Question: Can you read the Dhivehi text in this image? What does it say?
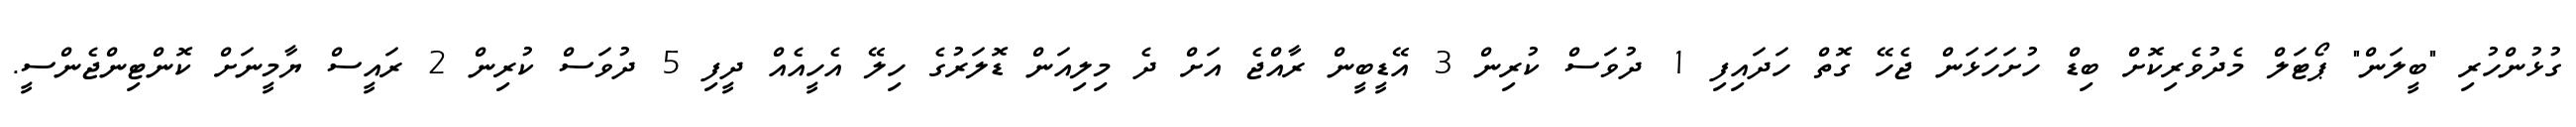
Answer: ގުޅުންހުރި "ބީލަން" ޕޯޓަލް މެދުވެރިކޮށް ބިޑް ހުށަހަޅަން ޖެހޭ ގޮތް ހަދައިފި 1 ދުވަސް ކުރިން 3 އޭޑީބީން ރާއްޖެ އަށް ދެ މިލިއަން ޑޮލަރުގެ ހިލޭ އެހީއެއް ދީފި 5 ދުވަސް ކުރިން 2 ރައީސް ޔާމީނަށް ކޮންޓިންޖެންސީ.